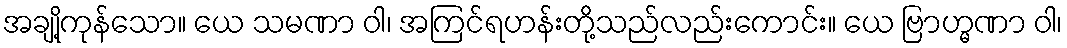
အချို့ကုန်သော။ ယေ သမဏာ ဝါ၊ အကြင်ရဟန်းတို့သည်လည်းကောင်း။ ယေ ဗြာဟ္မဏာ ဝါ၊